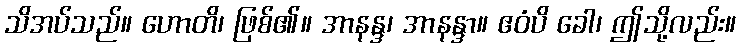
သိအပ်သည်။ ဟောတိ၊ ဖြစ်၏။ အာနန္ဒ၊ အာနန္ဒာ။ ဧဝံပိ ခေါ၊ ဤသို့လည်း။